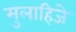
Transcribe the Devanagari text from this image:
मुलाहिजे